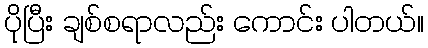
ပိုပြီး ချစ်စရာလည်း ကောင်း ပါတယ်။